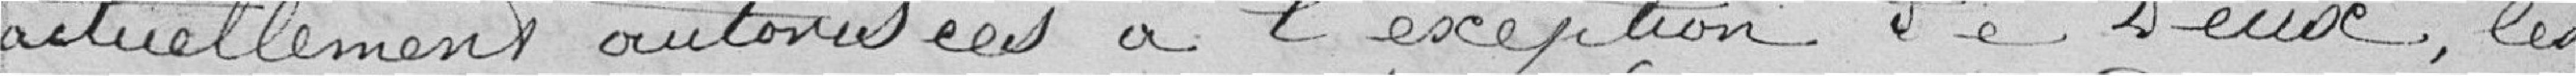
actuellement autorisées à l'exception de deux, les